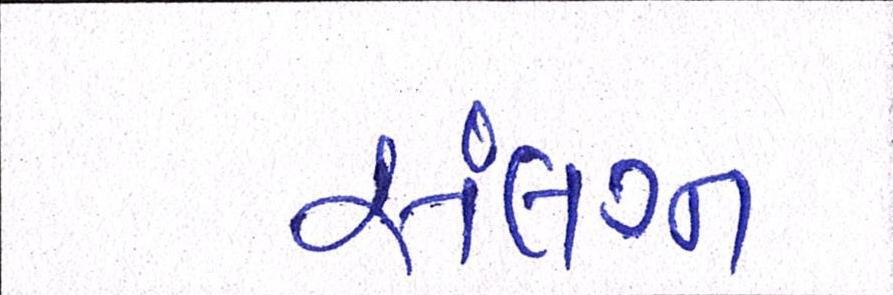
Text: સંલગ્ન